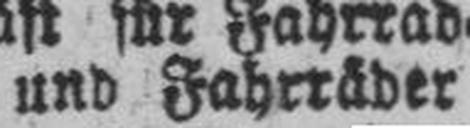
und Fahrräder